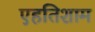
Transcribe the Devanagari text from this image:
एहतिशाम